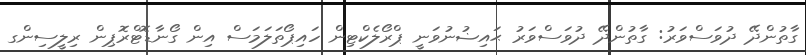
ގާތުންދޭ ދުވަސްވަރު: ގާތުންދޭ ދުވަސްވަރު ޙައިޟުނުވަނީ ޕްރޯލެކްޓިން ހައިޕޯތަލަމަސް އިން ގޯނާޑޮޓްރޮޕިން ރިލީސިންގ